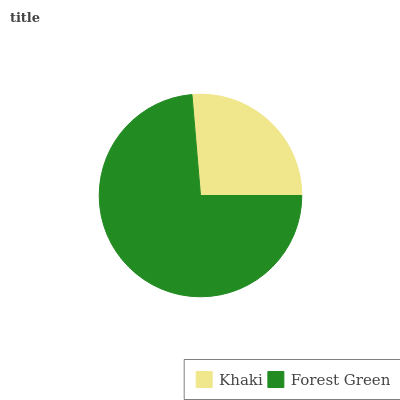
| Khaki | Forest Green |
 | --- | --- |
 | 26.4% | 73.6% |